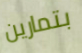
بتمارين